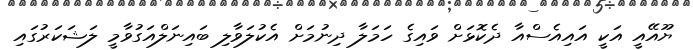
ޔޫއޭއީ އަކީ އައިއެސްއާ ދެކޮޅަށް ވައިގެ ހަމަލާ ދިނުމަށް އެކުލަވާލި ބަައިނަލްއަގުވާމީ ލަޝަކަރުގައި